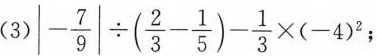
$$|- \frac{7}{9}| \div(\frac{2}{3}- \frac{1}{5})- \frac{1}{3}\times(-4)^{2}$$